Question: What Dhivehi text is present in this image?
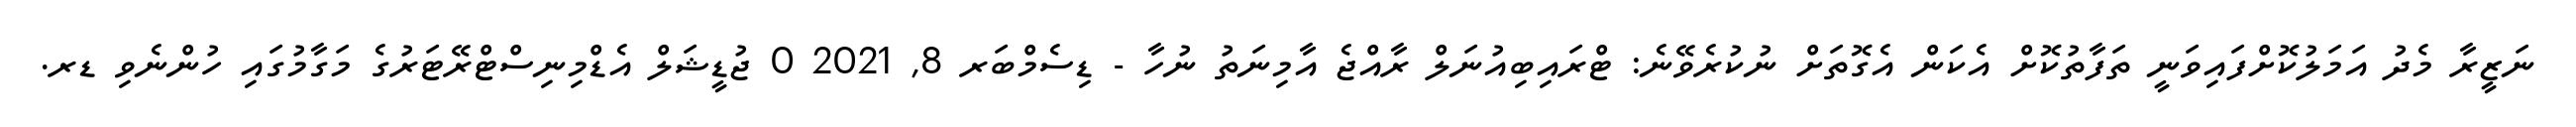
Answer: ނަޒީރާ މެދު އަމަލުކޮށްފައިވަނީ ތަފާތުކޮށް އެކަން އެގޮތަށް ނުކުރެވޭނެ: ޓްރައިބިއުނަލް ރާއްޖެ އާމިނަތު ނުހާ - ޑިސެމްބަރ 8, 2021 0 ޖުޑީޝަލް އެޑްމިނިސްޓްރޭޓަރުގެ މަގާމުގައި ހުންނެވި ޑރ.